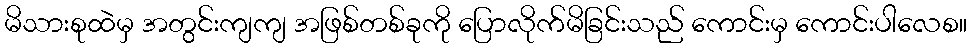
မိသားစုထဲမှ အတွင်းကျကျ အဖြစ်တစ်ခုကို ပြောလိုက်မိခြင်းသည် ကောင်းမှ ကောင်းပါလေစ။